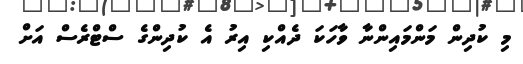
މި ކުދިން މަންމައިންނާ ވާހަކަ ދެއްކި އިރު އެ ކުދިންގެ ސްޓްރެސް އަށް